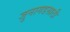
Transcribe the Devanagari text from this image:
जुनागडसाठी